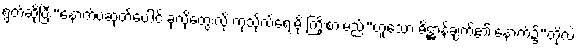
ရွတ်ဆိုပြီး“နောက်ပဆုတ်ပေါင် ခုလိုတွေးလို့ ကုသိုလ်ရေးမို့ ကြိုးစားမည်”ဟူသော ဓိဋ္ဌာန်ချက်၏ နောက်၌“တို့လဲ